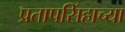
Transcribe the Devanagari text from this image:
प्रतापसिंहाच्या